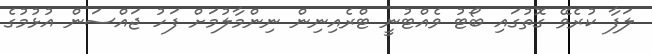
ލަފާ ކުރެވޭ ގޮތުގައި ބޯޓު ވެއްޓުނީ ޓްރެއިނިން ނިންމާލުމަށް ފަހު ޖައްސަން އުޅުމުގެ